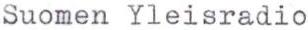
Suomen Yleisradio